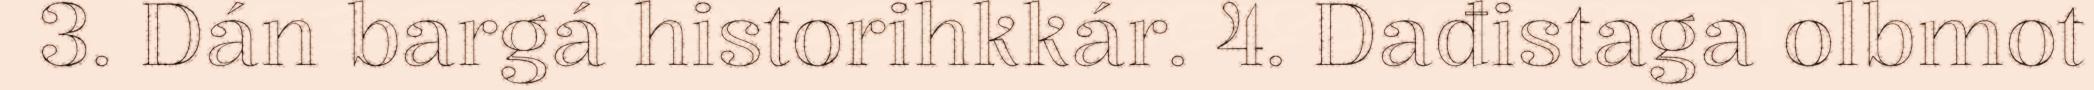
3. Dán bargá historihkkár. 4. Dađistaga olbmot